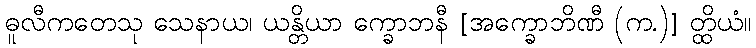
ဓူလီကတေသု သေနာယ၊ ယန္တိယာ က္ခောဘနီ [အက္ခောဘိဏီ (က.)] တ္ထိယံ။